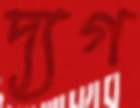
দ্যগ